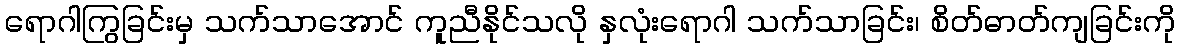
ရောဂါကြွခြင်းမှ သက်သာအောင် ကူညီနိုင်သလို နှလုံးရောဂါ သက်သာခြင်း၊ စိတ်ဓာတ်ကျခြင်းကို